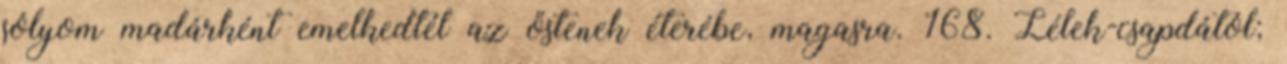
sólyom madárként emelkedtél az őstenek éterébe, magasra. 168. Lélek-csapdától;